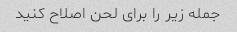
جمله زیر را برای لحن اصلاح کنید